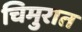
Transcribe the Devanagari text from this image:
चिमुरात